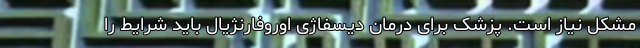
مشکل نیاز است. پزشک برای درمان دیسفاژی اوروفارنژیال باید شرایط را